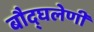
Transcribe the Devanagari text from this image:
बौद्घलेणी